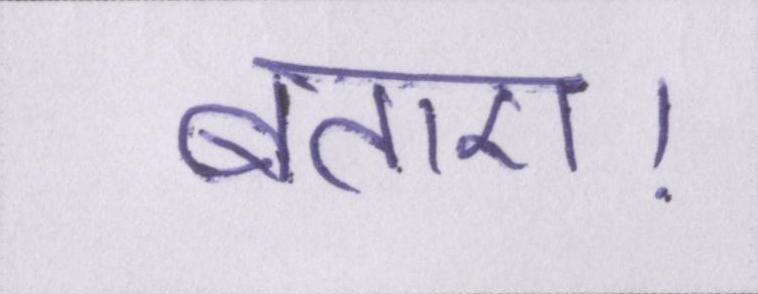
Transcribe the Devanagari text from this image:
बताए।